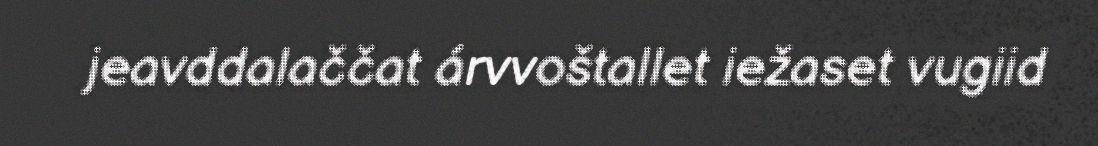
jeavddalaččat árvvoštallet iežaset vugiid